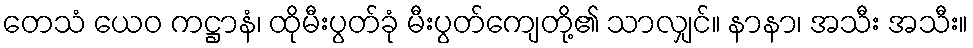
တေသံ ယေဝ ကဋ္ဌာနံ၊ ထိုမီးပွတ်ခုံ မီးပွတ်ကျေတို့၏ သာလျှင်။ နာနာ၊ အသီး အသီး။